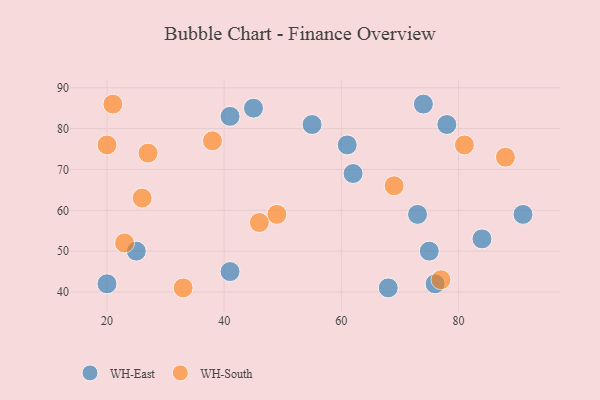
{"axis": {"x": "GDP", "y": "Life Expectancy"}, "legend": ["WH-East", "WH-South"], "data": [{"x": "73", "y": 59, "type": "WH-East"}, {"x": "68", "y": 41, "type": "WH-East"}, {"x": "74", "y": 86, "type": "WH-East"}, {"x": "62", "y": 69, "type": "WH-East"}, {"x": "76", "y": 42, "type": "WH-East"}, {"x": "78", "y": 81, "type": "WH-East"}, {"x": "61", "y": 76, "type": "WH-East"}, {"x": "25", "y": 50, "type": "WH-East"}, {"x": "75", "y": 50, "type": "WH-East"}, {"x": "20", "y": 42, "type": "WH-East"}, {"x": "41", "y": 45, "type": "WH-East"}, {"x": "84", "y": 53, "type": "WH-East"}, {"x": "91", "y": 59, "type": "WH-East"}, {"x": "55", "y": 81, "type": "WH-East"}, {"x": "45", "y": 85, "type": "WH-East"}, {"x": "41", "y": 83, "type": "WH-East"}, {"x": "20", "y": 76, "type": "WH-South"}, {"x": "27", "y": 74, "type": "WH-South"}, {"x": "77", "y": 43, "type": "WH-South"}, {"x": "81", "y": 76, "type": "WH-South"}, {"x": "26", "y": 63, "type": "WH-South"}, {"x": "49", "y": 59, "type": "WH-South"}, {"x": "21", "y": 86, "type": "WH-South"}, {"x": "69", "y": 66, "type": "WH-South"}, {"x": "38", "y": 77, "type": "WH-South"}, {"x": "46", "y": 57, "type": "WH-South"}, {"x": "88", "y": 73, "type": "WH-South"}, {"x": "33", "y": 41, "type": "WH-South"}, {"x": "23", "y": 52, "type": "WH-South"}]}